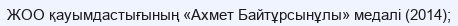
ЖОО қауымдастығының «Ахмет Байтұрсынұлы» медалі (2014);